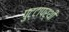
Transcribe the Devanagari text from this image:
पुट्टापर्थी